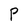
Character: P